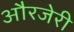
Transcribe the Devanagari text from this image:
औरजेरी